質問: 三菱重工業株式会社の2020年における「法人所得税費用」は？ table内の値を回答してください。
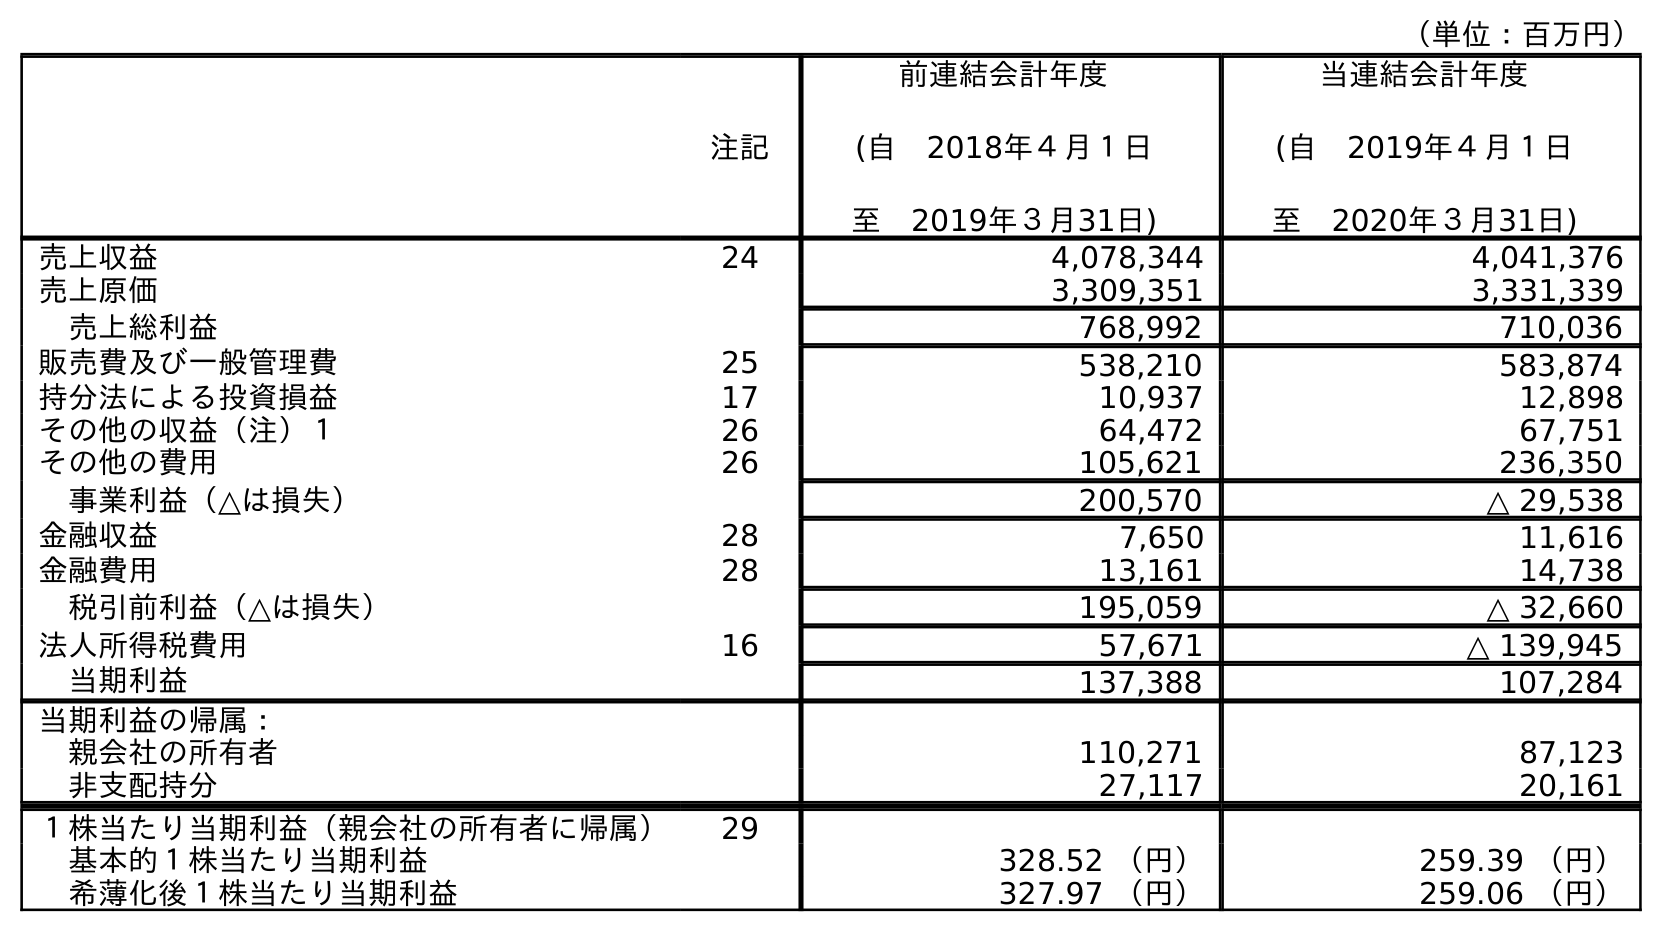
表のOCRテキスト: （単位：百万円） 注記 前連結会計年度 (自 2018年４月１日 至 2019年３月31日) 当連結会計年度 (自 2019年４月１日 至 2020年３月31日) 売上収益 24 4,078,344 4,041,376 売上原価 3,309,351 3,331,339 売上総利益 768,992 710,036 販売費及び一般管理費 25 538,210 583,874 持分法による投資損益 17 10,937 12,898 その他の収益（注）１ 26 64,472 67,751 その他の費用 26 105,621 236,350 事業利益（△は損失） 200,570 △ 29,538 金融収益 28 7,650 11,616 金融費用 28 13,161 14,738 税引前利益（△は損失） 195,059 △ 32,660 法人所得税費用 16 57,671 △ 139,945 当期利益 137,388 107,284 当期利益の帰属： 親会社の所有者 110,271 87,123 非支配持分 27,117 20,161 １株当たり当期利益（親会社の所有者に帰属） 29 基本的１株当たり当期利益 328.52 （円） 259.39 （円） 希薄化後１株当たり当期利益 327.97 （円） 259.06 （円）
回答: △139,945